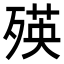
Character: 𣨽